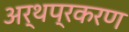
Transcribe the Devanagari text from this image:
अर्थप्रकरण